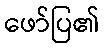
ဖော်ပြ၏